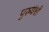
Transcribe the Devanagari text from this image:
पुरूवंशी